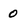
Character: 0